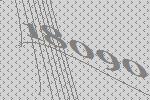
18090